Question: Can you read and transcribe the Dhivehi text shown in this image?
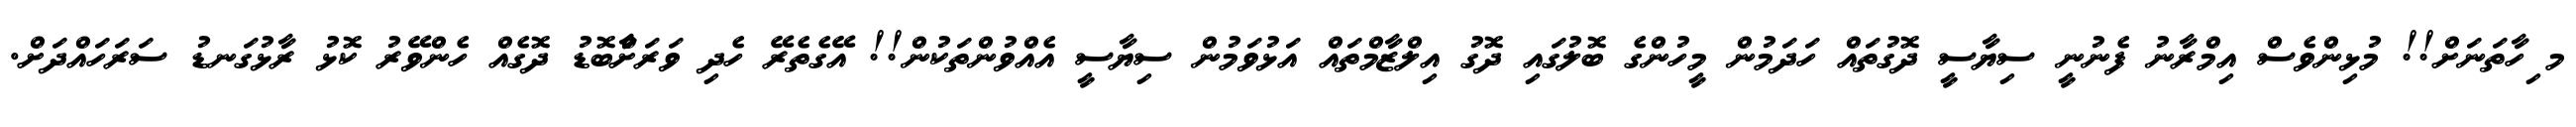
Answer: މ ިހާތަނަށް!! މުޅިންވެސް އިމްރާނު ފެނުނީ ސިޔާސީ ދޮގުތައް ހަދަމުން މީހުންގެ ބޮލުގައި ދޮގު އިލްޒާމްތައް އަޅުވަމުން ސިޔާސީ އެއްވުންތަކުން!! އޭގެތެރޭ ހެދި ވަރަށާްބޮޑު ދޮގެއް ހެންވޭރު ކޮޅު ރާޅުގަނޑު ސަރަހައްދަށް.